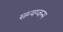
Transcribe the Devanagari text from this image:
सम्यग्जन्म